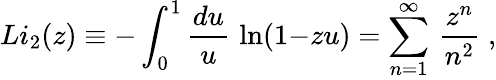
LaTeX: Li_{2}(z)\equiv-\int_{0}^{1}{\frac{du}{u}}\, \ln(1{-}zu)=\sum_{n=1}^{\infty}\, {\frac{z^{n}}{n^{2}}}\; ,